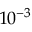
1 0 ^ { - 3 }